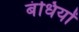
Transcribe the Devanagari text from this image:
बंधियों